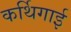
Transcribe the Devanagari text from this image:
कर्थिगाई